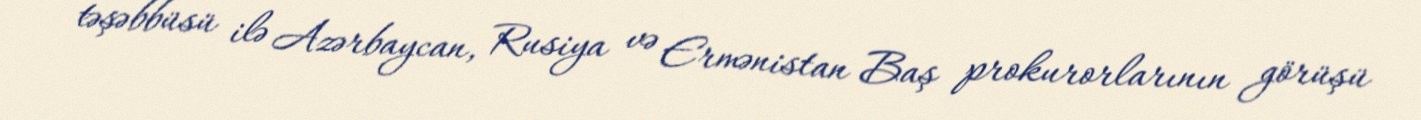
təşəbbüsü ilə Azərbaycan, Rusiya və Ermənistan Baş prokurorlarının görüşü